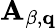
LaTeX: \mathbf{A}_{\beta,\mathbf{q}}